Vaccination in the Punjab 1905-1918 - 1905-1918
Year: 1905
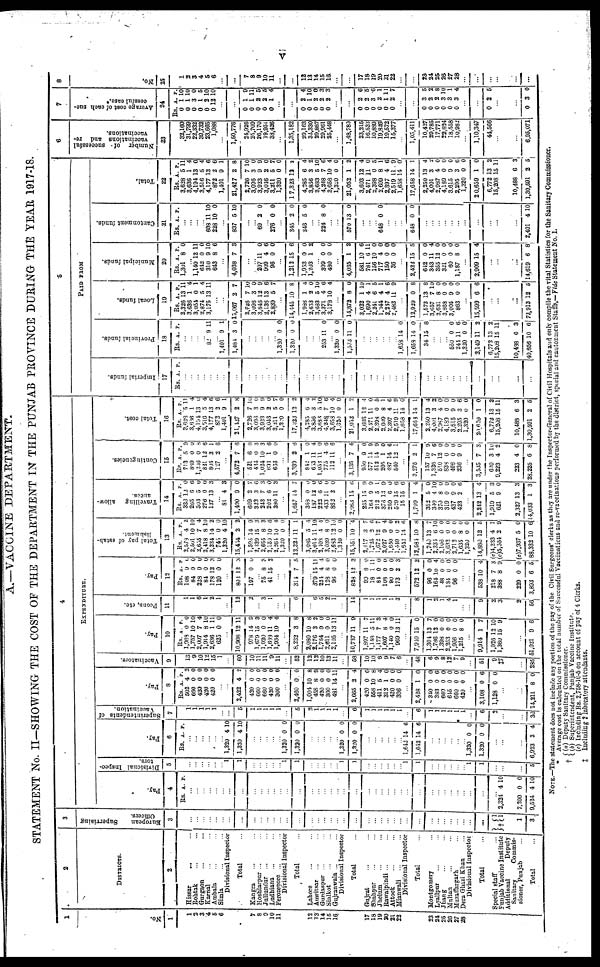
v
A.—VACCINE DEPARTMENT.
STATEMENT No. II—SHOWING THE COST OF THE DEPARTMENT IN THE PUNJAB PROVINCE DURING THE YEAR 1917-18.
1
No.
1
1
2
3
4
5
6
7
8
9
10
11
12
13
14
15
16
17
18
19
20
21
22
23
24
25
26
27
28
2
DISTRICTS.
2
Hissar ... ...
Rohtak ... ...
Gurgaon ... ...
Karnal ... ...
Ambala ... ...
Simla ... ...
Divisional Inspector
Total ...
Kangra ... ...
Hoshiarpur ... ...
Jullundur... ...
Ludhiana... ...
Ferozepore ... ...
Divisional Inspector
Total ...
Lahore ... ...
Amritsar ... ...
Gurdaspur ... ...
Sialkot ... ...
Gujranwala ... ...
Divisional Inspector
Total ...
Gujrat ... ...
Shahpur ... ...
Jhelum ... ...
Rawalpindi ... ...
Attock ... ...
Mianwali ... ...
Divisional Inspector
Total ...
Montgomery ...
Lyallpur ... ...
Jhang ... ...
Multan ... ...
Muzaffargarh ... ...
Dera Ghazi Khan ...
Divisional Inspector
Total ...
Special staff
...
Punjab Vaccine Institute
Additional Deputy
Sanitary Commis¬
sioner, Punjab ...
Total ...
3
Eur ope a n Super vi s i
ng
Officers.
3
...
...
...
...
...
...
...
...
...
...
...
...
...
...
...
...
...
...
...
...
...
...
...
...
...
...
...
...
...
...
...
...
...
...
...
...
...
...
† 1
1
1
3
4
EXPENDITURE.
Pay
4
Rs. A. P.
...
...
...
...
...
...
...
...
...
...
...
...
...
...
...
...
...
...
...
...
...
...
...
...
...
...
...
...
...
...
...
...
...
...
...
...
...
...
... 2,324
7,200
9,524
4
0
4
10
0
10
Divisional Inspec-
tors.
5
...
...
...
...
...
...
...
...
...
...
...
...
...
...
...
...
...
...
...
...
...
...
...
...
...
...
...
...
1
1
...
...
...
...
...
...
1
1
...
...
...
5
Pay.
6
Rs. A. P.
...
...
...
...
...
...
1,320
1,320
4
4
10
10
...
...
...
...
...
1,320
1,320
0
0
0
0
...
...
...
...
...
1,320
1,320
0
0
0
0
...
...
...
...
...
...
1,642
1,642
14
14
6
6
...
...
...
...
...
...
1,320
1,320
0
0
0
0
...
...
...
6,923 3 4
Superintendents of
Vaccination.
7
1
1
1
1
1
...
...
5
1
1
1
1
1
...
5
2
1
1
1
1
...
6
1
1
1
1
1
1
...
6
1
1
1
1
1
1
...
6
2
...
...
30
Pay.
8
Rs.
502
660
420
420
420
A.
4
0
0
0
0
P.
2
0
0
0
0
...
...
2,422
420
660
660
420
300
4
0
0
0
0
0
2
0
0
0
0
0
...
2,460
1,004
458
420
300
481
0
10
8
0
0
14
0
8
9
0
0
11
...
2,665
420
558
411
312
420
306
2
0
10
5
1
0
0
4
0
8
4
0
0
0
...
2,428
340
383
660
645
660
420
1
0
0
0
0
0
0
0
0
6
0
0
0
0
...
3,108
1,128
0
0
6
0
...
...
14,211 8 0
Vaccinatore.
9
13
9
10
12
15
1
...
60
10
11
11
9
11
...
52
12
12
10
13
11
...
58
10
10
6
9
7
6
...
48
6
9
8
12
7
9
...
51
9
‡7
...
285
Pay.
10
Rs.
1,968
1,757
2,007
1,914
2,636
625
A.
0
10
7
8
1
0
P.
0
10
4
10
11
0
...
10,908
978
1,679
1,920
1,688
1,934
12
14
15
0
11
10
11
9
3
0
4
4
...
8,232
2,080
2,176
1,764
2,611
2,105
3
10
3
0
0
13
8
8
2
0
0
11
...
10,737
1,897
1,148
1,177
1,607
1,140
969
11
11
5
7
8
0
13
9
7
11
3
4
0
11
...
7,910
1,304
1,786
1,398
2,253
1,956
1,215
15
13
12
0
0
0
8
0
7
0
0
0
0
0
...
9,914
1,928
1,360
1
12
15
7
10
9
...
51,021 9 6
Peons, etc.
11
1
1
6
1
2
1
...
12
2
...
3
1
...
...
6
...
6
5
2
1
...
14
1
1
1
1
1
3
...
8
1
2
1
4
1
...
...
9
2
3
2
56
Pay.
12
Rs.
108
84
228
84
178
120
A.
0
0
0
0
12
0
P.
0
0
0
0
3
0
...
802
197
12
0
3
0
...
75
41
8
15
3
2
...
...
314 7 5
...
379
224
128
96
15
4
8
0
11
4
0
0
...
828
99
18
84
108
90
173
12
8
1
0
0
0
2
3
0
11
0
0
0
3
...
572
96
164
48
134
96
12
0
10
0
0
0
2
0
4
0
0
0
...
...
538
218
388
229
3,893
10
7
8
0
6
4
3
9
0
5
Total pay of estab-
lishment.
13
Rs.
2,578
2,501
2,655
2,418
3,234
745
1,320
15,454
1,595
2,339
2,655
2,150
2,264
1,320
12,326
3,085
3,014
2,408
3,039
2,683
1,380
15,551
2,417
1,723
1,672
2,027
1,650
1,449
1,642
12,584
1,740
2,334
2,106
3,032
2,712
1,635
1,320
14,880
(c)4,233
(c)5,364
(c)7,937
88,332
A.
4
10
7
8
14
0
4
2
14
15
8
10
10
0
11
5
11
1
8
12
0
10
3
2
12
9
0
0
14
10
13
6
0
0
0
8
0
12
4
2
5
10
P.
2
10
4
10
2
0
10
2
9
3
3
6
4
0
1
4
10
4
0
10
0
4
7
6
7
4
0
2
6
8
7
10
0
0
0
0
0
5
1
9
0
6
Travelling
allow-
ances.
14
Rs.
333
265
303
276
137
A.
12
6
5
0
13
P.
0
6
0
0
3
...
81
1,400
609
323
243
202
280
4
9
2
3
7
6
11
3
0
7
6
3
0
3
...
1,657
358
187
222
433
862
14
0
12
6
11
2
7
0
0
6
0
0
...
2,063
235
163
212
378
250
529
15
1,799
352
340
370
319
437
423
15
15
9
5
13
6
15
15
1
5
4
8
0
9
2
6
9
9
1
9
0
6
6
4
0
10
0
0
0
6
...
2,242
1,919
621
2,327
14,033
13
5
9
13
1
4
3
0
3
3
Contingencies.
15
Rs.
713
869
1,236
821
805
127
A.
5
0
0
12
2
2
9
0
8
6
1
6
...
4,572
521
434
1,024
693
636
7
6
0
10
1
0
6
6
3 3
6
0
...
3,330
842
653
1,052
775
112
2
1
11
11
4
11
6
0
4
0
6
6
...
3, 136
950
577
512
205
487
540
7
9
14
14
1
14
12
4
0
9
9
0
6
1
...
3,275
157
1,326
510
838
466
236
2
10
7
12
0
0
9
1
9
6
0
0
0
0
...
3,535
620
9,223
223
28,225
7
3
4
4
6
3
10
2
0
8
Total cost.
16
Rs.
3,628
3,636
4,194
3,516
4,177
872
1,401
21,427
2,726
3,096
3,923
3,046
3,211
1,320
17,323
4,285
3,856
3,683
4,248
3,658
1,320
21,052
3,603
2,471
2,398
2,609
2,397
2,519
1,658
17,653
2,250
4,001
2,087
4,189
3,615
2,295
1,320
20,659
6,772
15,208
10,488
1,30,591
A.
5
1
13
5
13
3
9
2
7
3
9
2
5 0
12
6
3
5 7
10
0
1
12
11
0
8
4
11
14
14
13
3
4
0
9
3
0
1
13
15
6
2
P.
11
4
0
4
6
6
1
8
10
0
9
0
7
0
2
4
2
10
6
4
0
2
4
0
5
1
6
9
0
1
4
2
0
0
0
6
0
0
2
11
3
5
5
PAID FROM
Imperial funds
17
Rs. A. P.
...
...
...
...
...
...
...
...
...
...
...
...
...
...
...
...
...
...
...
...
...
...
...
...
...
...
...
...
...
...
...
...
...
...
...
...
...
...
...
...
...
...
Provincial funds.
18
Rs. A. P.
...
...
...
...
82 9 11
...
1,401
1,484
9
3
1
0
...
...
...
...
...
1,320
1,320
0
0
0
0
...
...
...
253 11 0
...
1,320
1,573
0
11
0
0
...
...
...
...
...
...
1,658
1,658
34
14
14
15
0
0
8
...
...
...
550
244
1,320
2,149
6,772
15,208
10,488
40,656
0
11
0
11
13
15
6
10
0
6
0
2
2
11
3
6
Local funds.
19
Rs.
2,326
3,636
3,054
2,874
3,175
A.
13
1
0
5
13
P.
11
4
1
4
11
...
...
15,067
2,726
3,096
3,646
2,138
2,839
2
7
3
12
13
5
7
10
0
9
6
7
...
14,445
1,986
2,653
3,683
3,371
3,178
10
1
2
5
4
10
8
4
0
10
6
4
...
14,872
3,022
1,690
2,241
1,344
2,247
2,483
8
1
4
6
4
4
11
0
10
1
5
1
6
9
...
12,929
1,573
3,657
2,631
3,868
3,005
863
0
13
7
8
0
9
0
8
8
10
0
0
0
0
...
15,599 6 6
...
...
...
72,913 12 5
Municipal funds.
20
Rs.
1,301
A.
8
P.
0
...
1,140
642
310
643
12
0
9
8
11
0
10
6
...
4,038 7 3
...
...
207
909
96
11
4
0
0
6
0
...
1,212
1,953
1,203
15
0
1
6
0
2
...
399
480
0
0
0
0
...
4,035
581
781
156
717
150
36
1
10
6
10
4
0
0
2
6
11
0
0
0
0
...
2,422
642
343
355
321
60
1,187
15
0
11
12
0
0
8
5
0
4
0
0
0
0
...
2,909 15 4
...
...
...
14,619 6 8
Cantonment funds.
21
Rs.
A. P.
...
...
...
...
608
228
11
10
10
0
...
837 5 10
...
...
69 2 0
...
276 0 0
...
345
346
2
5
0
0
...
...
224 8 0
...
...
570 13 0
...
...
...
648 0 0
...
...
...
648 0 0
...
...
...
...
...
...
...
...
...
...
...
2,401 4 10
Total.
22
Rs.
3,628
3,636
4,194
3,516
4,177
872
1,401
21,427
2,726
3,096
3,923
3,046
3,211
1,320
17,323
4,285
3,856
3,683
4,248
3,658
1,320
21,052
3,603
2,471
2,398
2,609
2,397
2,519
1,658
17,658
2,250
4,001
2,987
4,189
3,615
2,295
1,320
20,659
6,772
15,208
10,488
1,30,591
A.
5
1
13
5
13
2
9
2
7
3
9
2
5
0
12
6
3
5
7
10
0
1
12
11
0
8
4
11
14
14
13
3
4
0
9
3
0
1
13
15
6
2
P.
11
4
0
4
6
6
1
8
10
0
9
0
7
0
2
4
2
10
6
4
0
2
4
0
5
1
6
9
0
1
4
2
0
0
0
6
0
0
2
11
3
5
6
Number of
successful
vaccinations and re¬
vaccinations.
23
32,160
31,799
22,332
39,732
23,665
1,088
...
1,50,776
24,926
25,709
26,170
19,951
38,426
...
1,35,182
29,163
34,330
29,887
29,961
25,448
...
1,48,789
23,215
16,532
10,889
19,826
19,572
15,377
...
1,05,411
10,427
29,785
17,771
22,824
18,558
10,982
...
1,10,347
44,566
...
...
6,95,071
7
Average cost of each suc-
cessful case.
24
Rs.
0
0
0
0
0
0
A.
1
1
3
1
2
12
P.
10
10
0
5
10
10
...
...
0
0
0
0
0
1
1
2
2
1
9
11
5
5
4
...
...
0
0
0
0
0
2
1
2
2
2
4
10
0
3
3
...
...
0
0
0
0
0
0
2
2
3
2
1
2
6
5
6
1
11
7
...
...
0
0
0
0
0
0
3
2
2
3
3
3
5
2
8
10
1
4
...
...
0 2 5
...
...
0 3 0
8
No.
25
1
2
3
4
5
6
...
...
7
8
9
10
11
...
...
12
13
14
15
16
...
...
17
18
19
20
21
22
...
...
23
24
25
26
27
28
...
...
...
...
NOTE.—The statement does not include any portion of the pay of the Civil Surgeons' clerks as they are under the Inspector-General of Civil Hospitals and only compile the vital Statistics for the Sanitary Commissioner.
*
Average cost is calculated on the total number of Successful Vaccinations and re-vaccinations performed by the district, special and cantonment Staffs,— Vide Statement No. I.
†
‡
(a) Deputy Sanitary Commissioner.
(b) Superintendent, Punjab Vaccine Institute.
(c) Including Rs. 2,758-10-5 on account of pay of 4 Clerks.
Including 2 laboratery attendants.